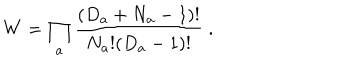
W = \prod _ { a } \frac { ( D _ { a } + N _ { a } - 1 ) ! } { N _ { a } ! ( D _ { a } - 1 ) ! } \; .